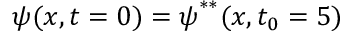
\boldsymbol { \psi } ( \boldsymbol { x } , t = 0 ) = \boldsymbol { \psi } ^ { * * } ( \boldsymbol { x } , t _ { 0 } = 5 )